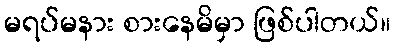
မရပ်မနား စားနေမိမှာ ဖြစ်ပါတယ်။